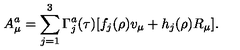
A _ { \mu } ^ { a } = \sum _ { j = 1 } ^ { 3 } \Gamma _ { j } ^ { a } ( \tau ) [ f _ { j } ( \rho ) v _ { \mu } + h _ { j } ( \rho ) R _ { \mu } ] .